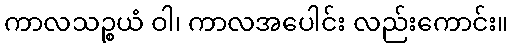
ကာလသဉ္စယံ ဝါ၊ ကာလအပေါင်း လည်းကောင်း။